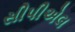
સીપીએલ